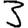
Digit: 3